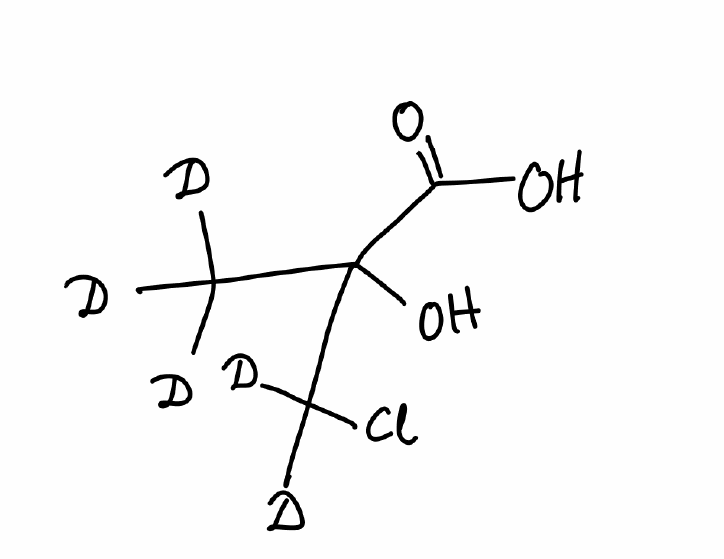
Simplified molecular-input line-entry system (SMILES) notation of the given molecule:
[2H]C([2H])([2H])C(C(=O)O)(C([2H])([2H])Cl)O